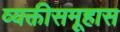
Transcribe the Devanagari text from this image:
व्यक्तीसमूहास